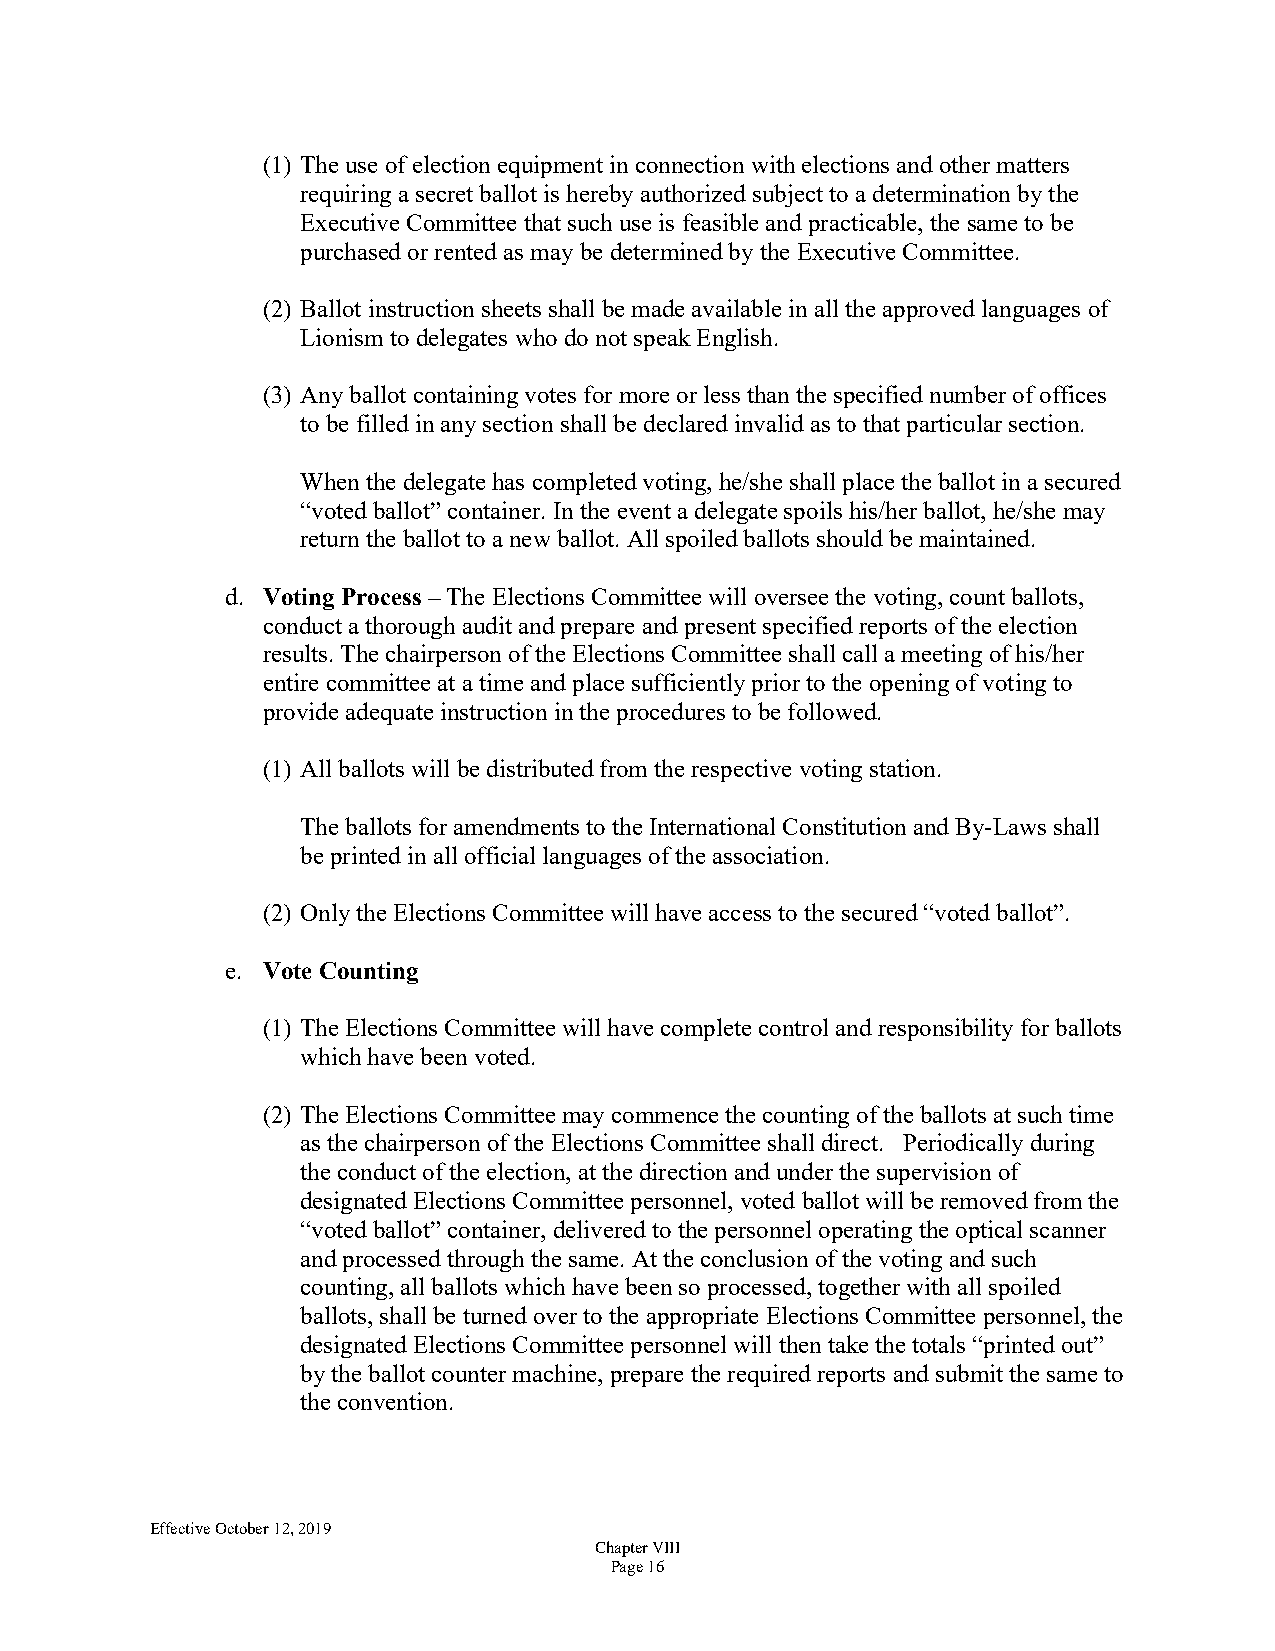
(1) The use of election equipment in connection with elections and other matters
 requiring a secret ballot is hereby authorized subject to a determination by the
 Executive Committee that such use is feasible and practicable, the same to be
 purchased or rented as may be determined by the Executive Committee.
 (2) Ballot instruction sheets shall be made available in all the approved languages of
 Lionism to delegates who do not speak English.
 (3) Any ballot containing votes for more or less than the specified number of offices
 to be filled in any section shall be declared invalid as to that particular section.
 When the delegate has completed voting, he/she shall place the ballot in a secured
 “voted ballot” container. In the event a delegate spoils his/her ballot, he/she may
 return the ballot to a new ballot. All spoiled ballots should be maintained.
 d. Voting Process – The Elections Committee will oversee the voting, count ballots,
 conduct a thorough audit and prepare and present specified reports of the election
 results. The chairperson of the Elections Committee shall call a meeting of his/her
 entire committee at a time and place sufficiently prior to the opening of voting to
 provide adequate instruction in the procedures to be followed.
 (1) All ballots will be distributed from the respective voting station.
 The ballots for amendments to the International Constitution and By-Laws shall
 be printed in all official languages of the association.
 (2) Only the Elections Committee will have access to the secured “voted ballot”.
 e. Vote Counting
 (1) The Elections Committee will have complete control and responsibility for ballots
 which have been voted.
 (2) The Elections Committee may commence the counting of the ballots at such time
 as the chairperson of the Elections Committee shall direct. Periodically during
 the conduct of the election, at the direction and under the supervision of
 designated Elections Committee personnel, voted ballot will be removed from the
 “voted ballot” container, delivered to the personnel operating the optical scanner
 and processed through the same. At the conclusion of the voting and such
 counting, all ballots which have been so processed, together with all spoiled
 ballots, shall be turned over to the appropriate Elections Committee personnel, the
 designated Elections Committee personnel will then take the totals “printed out”
 by the ballot counter machine, prepare the required reports and submit the same to
 the convention.
 Effective October 12, 2019
 Chapter VIII
 Page 16